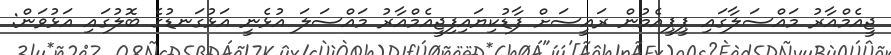
ޖީއެމްއާރު މައްސަލާގައި ޕީޕީއެމުން ރައީސަށް ފާޑުކިޔައިފިޖީއެމްއާރު މައްސަލަ އުޅެނީ އަޅުގަނޑުގެ ބޮލުގައި އަޅުވަން: